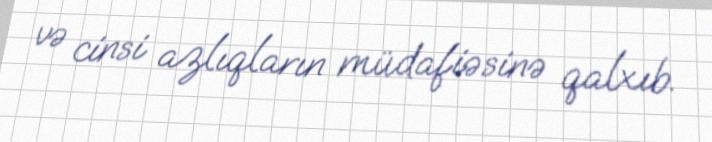
və cinsi azlıqların müdafiəsinə qalxıb.